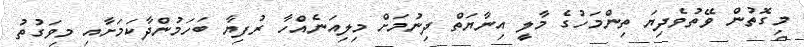
މިގޮތުން ވޭތުވެދިޔަ ތިންމަހުގެ މާލީ އިނާޔަތް ދިނުމަށް މިލިއަނެއްހާ ރުފިޔާ ބަހަމުންދާކަމަށާއި މިވަގުތު